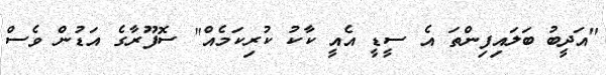
"އަދީބު ބަލައިފިންތަ އެ ސީޑީ އެއީ ކާކު ކުރިކަމެއް" ސޮފޫރާގެ އަޑުން ވެސް